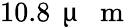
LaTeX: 10.8\, \mathrm{~\textmu~{~}~m~}